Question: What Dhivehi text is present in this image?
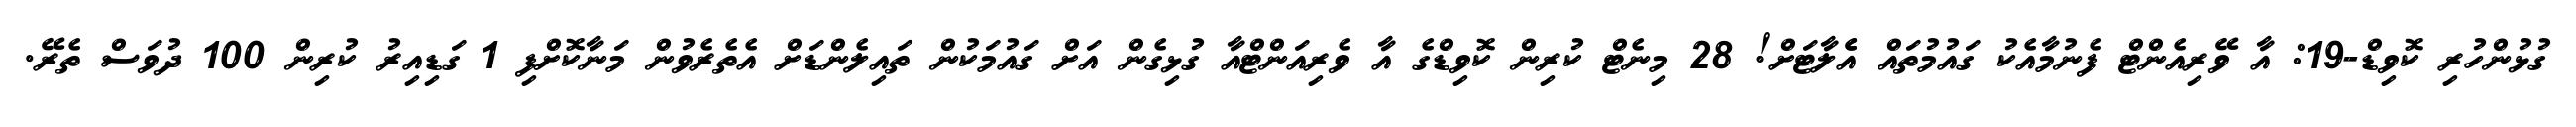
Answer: ގުޅުންހުރި ކޮވިޑް-19: އާ ވޭރިއެންޓް ފެނުމާއެކު ގައުމުތައް އެެލާޓަށް! 28 މިނެޓް ކުރިން ކޮވިޑްގެ އާ ވެރިއަންޓްއާ ގުޅިގެން އަށް ގައުމަކުން ތައިލެންޑަށް އެތެރެވުން މަނާކޮށްފި 1 ގަޑިއިރު ކުރިން 100 ދުވަސް ތެރޭ.